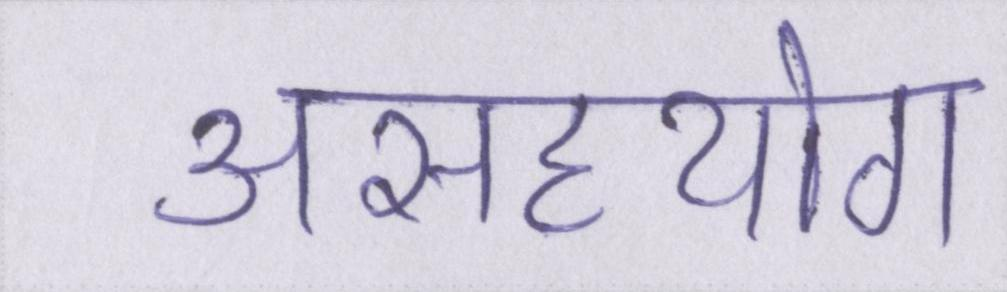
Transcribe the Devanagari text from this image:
असहयोग